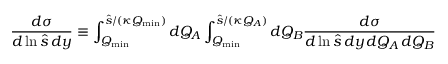
{ \frac { d \sigma } { d \ln \hat { s } \, d y } } \equiv \int _ { Q _ { \mathrm { m i n } } } ^ { \hat { s } / ( \kappa Q _ { \mathrm { m i n } } ) } d Q _ { A } \int _ { Q _ { \mathrm { m i n } } } ^ { \hat { s } / ( \kappa Q _ { A } ) } d Q _ { B } { \frac { d \sigma } { d \ln \hat { s } \, d y \, d Q _ { A } \, d Q _ { B } } }